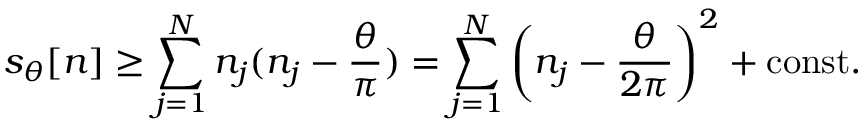
s _ { \theta } [ n ] \geq \sum _ { j = 1 } ^ { N } n _ { j } ( n _ { j } - \frac { \theta } { \pi } ) = \sum _ { j = 1 } ^ { N } \left( n _ { j } - \frac { \theta } { 2 \pi } \right) ^ { 2 } + \mathrm { c o n s t . }